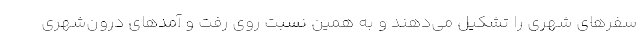
سفرهای شهری را تشکیل می‌دهند و به همین نسبت روی رفت و آمدهای درون‌شهری